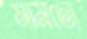
মামতো